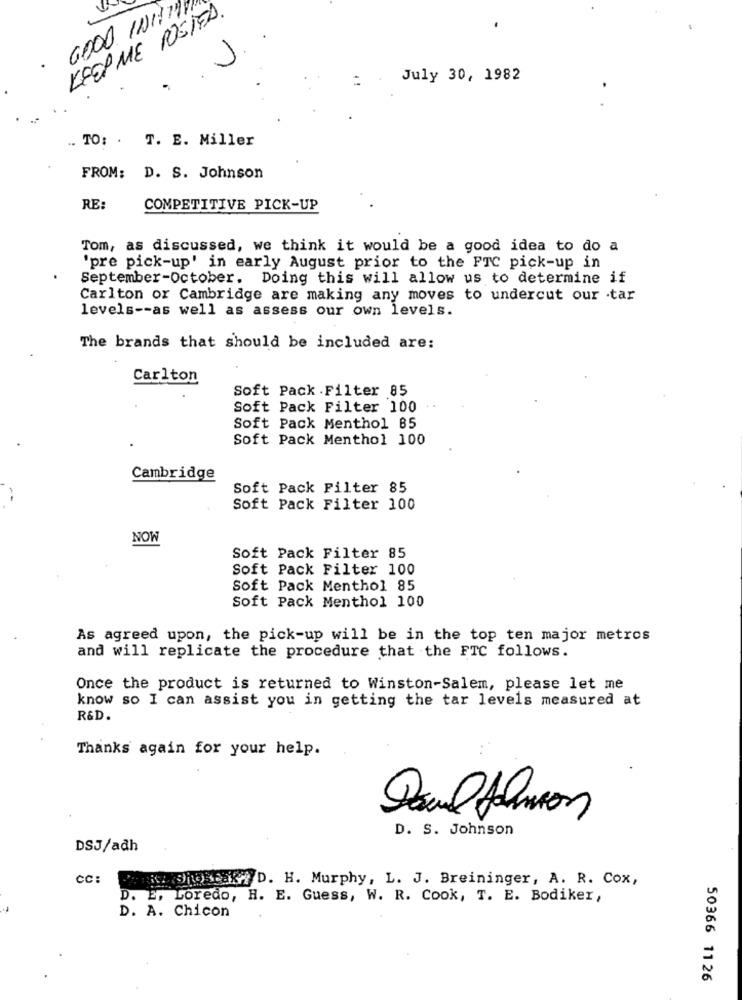
6000 1211771
KEEP ME POSIFA.
July 30, 1982
.. TO: . T. E. Miller
FROM: D. S. Johnson
RE:
COMPETITIVE PICK-UP
Tom, as discussed, we think it would be a good idea to do a
'pre pick-up' in early August prior to the FTC pick-up in
September-October. Doing this will allow us to determine if
Carlton or Cambridge are making any moves to undercut our .tar
levels -- as well as assess our own levels.
The brands that should be included are:
Carlton
Soft Pack .Filter 85
Soft Pack Filter 100
Soft Pack Menthol 85
Soft Pack Menthol 100
Cambridge
Soft Pack Filter 85
Soft Pack Filter 100
NOW
Soft Pack Filter 85
Soft Pack Filter 100
Soft Pack Menthol 85
Soft Pack Menthol 100
As agreed upon, the pick-up will be in the top ten major metros
and will replicate the procedure that the FTC follows.
Once the product is returned to Winston-Salem, please let me
know so I can assist you in getting the tar levels measured at
R&D.
Thanks again for your help.
Daul Salmon
D. S. Johnson
DSJ/adh
CC:
AZ SHOBESKY D. H. Murphy, L. J. Breininger, A. R. Cox,
D. E, Loredo, H. E. Guess, W. R. Cook, T. E. Bodiker,
D. A. Chicon
50366 1126